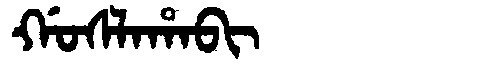
Manchu: ᡤᠣᠰᠯᠠᡥᠠᠪᡳ
Romanization: GOSLAHABI